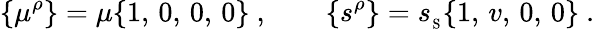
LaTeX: \{ \mu^{\rho}\} =\mu\{ 1,\, 0,\, 0,\, 0\} \ ,\qquad\{ s^{\rho}\} ={s_{_\mathrm{S}}}\{ 1,\, v,\, 0,\, 0\} \ .